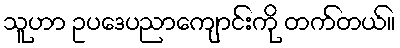
သူဟာ ဥပဒေပညာကျောင်းကို တက်တယ်။